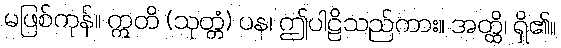
မဖြစ်ကုန်။ ဣတိ (သုတ္တံ) ပန၊ ဤပါဠိသည်ကား။ အတ္ထိ၊ ရှိ၏။